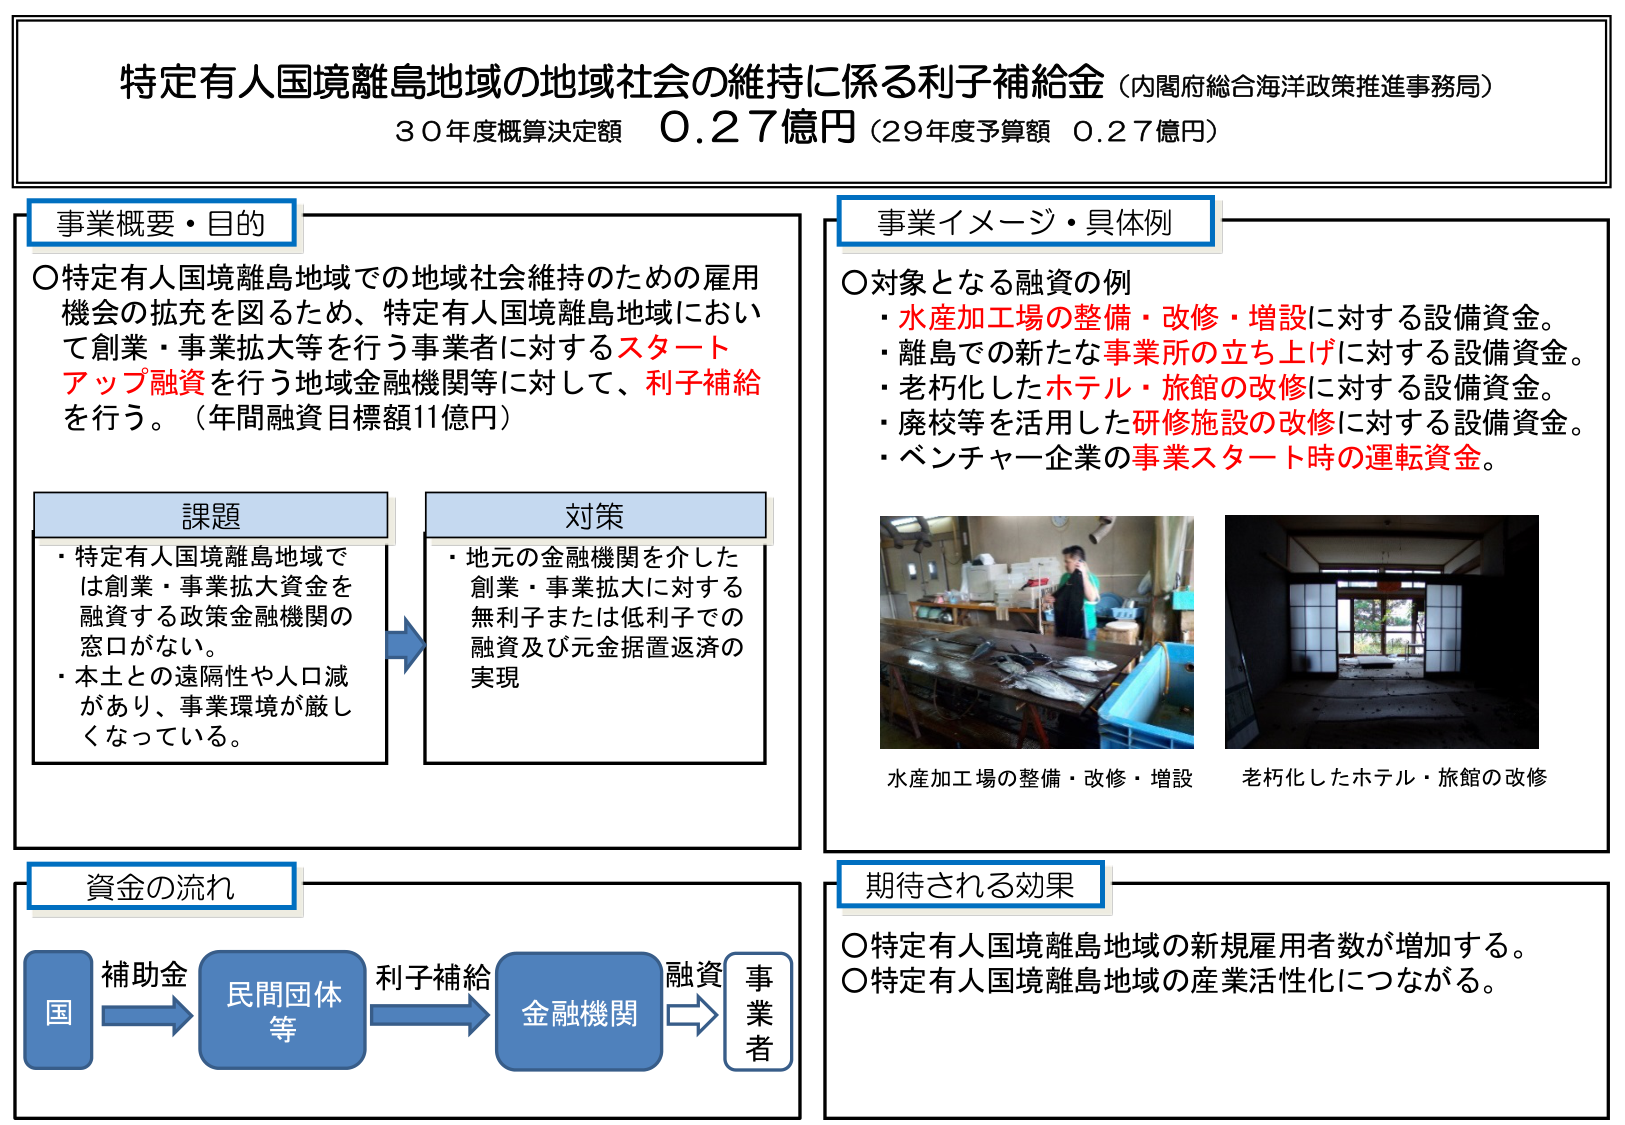
特定有人国境離島地域の地域社会の維持に係る利子補給金（内閣府総合海洋政策推進事務局）
30年度概算決定額 0.27億円（29年度予算額 0.27億円）

事業概要・目的
〇特定有人国境離島地域での地域社会維持のための雇用機会の拡充を図るため、特定有人国境離島地域において創業・事業拡大等を行う事業者に対するスタートアップ融資を行う地域金融機関等に対して、利子補給を行う。（年間融資目標額11億円）

課題
・特定有人国境離島地域では創業・事業拡大資金を融資する政策金融機関の窓口がない。
・本土との遠隔性や人口減があり、事業環境が厳しくなっている。

対策
・地元の金融機関を介した創業・事業拡大に対する無利子または低利子での融資及び元金据置返済の実現

事業イメージ・具体例
〇対象となる融資の例
・水産加工場の整備・改修・増設に対する設備資金。
・離島での新たな事業所の立ち上げに対する設備資金。
・老朽化したホテル・旅館の改修に対する設備資金。
・廃校等を活用した研修施設の改修に対する設備資金。
・ベンチャー企業の事業スタート時の運転資金。

水産加工場の整備・改修・増設
老朽化したホテル・旅館の改修

資金の流れ
国 → 補助金 → 民間団体等 → 利子補給 → 金融機関 → 融資 → 事業者

期待される効果
〇特定有人国境離島地域の新規雇用者数が増加する。
〇特定有人国境離島地域の産業活性化につながる。